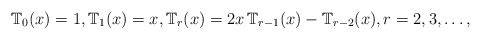
\begin{align*}{\Bbb T}_{0}(x)=1,{\Bbb T}_{1}(x)=x,{\Bbb T}_{r}(x)=2x\,{\Bbb T}_{r-1}(x)-{\Bbb T}_{r-2}(x),r=2,3,\ldots , \end{align*}